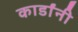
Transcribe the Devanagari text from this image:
कार्डांनी